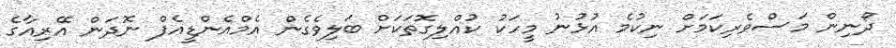
ދޯނިން މަސްވެރިކަމަށް ނިކުމެ އުޅުނު މީހަކު ކުއްލިގޮތަކަށް ބަލިވެގެން އެމްއެންޑީއެފް ނޮދަން އޭރިއާގެ